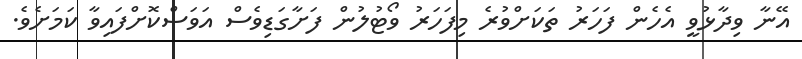
އޭނާ ވިދާޅުވީ އެހެން ފަހަރު ތަކަށްވުރެ މިފަހަރު ވޯޓުލުން ފަށާގަޑިވެސް އަވަސްކޮށްފައިވާ ކަމަށެވެ.